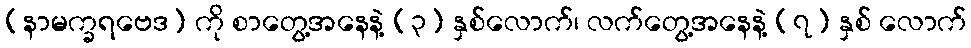
(နာမက္ခရဗေဒ) ကို စာတွေ့အနေနဲ့ (၃) နှစ်လောက်၊ လက်တွေ့အနေနဲ့ (၇) နှစ် လောက်